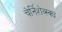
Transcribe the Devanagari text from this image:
चेर्निशेव्स्क्य